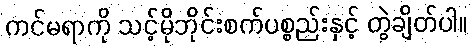
ကင်မရာကို သင့်မိုဘိုင်းစက်ပစ္စည်းနှင့် တွဲချိတ်ပါ။